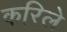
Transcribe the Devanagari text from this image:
करिले